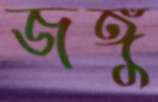
জঙ্গু